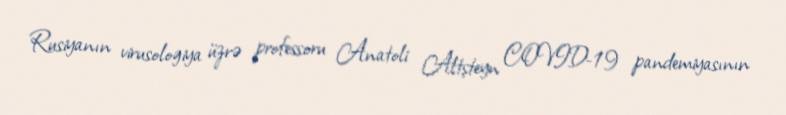
Rusiyanın virusologiya üzrə professoru Anatoli Altşteyn COVID-19 pandemiyasının